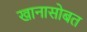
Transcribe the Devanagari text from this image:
खानासोबत